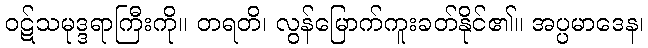
ဝဋ်သမုဒ္ဒရာကြီးကို။ တရတိ၊ လွန်မြောက်ကူးခတ်နိုင်၏။ အပ္ပမာဒေန၊